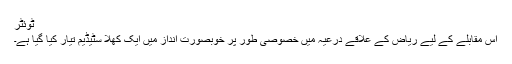
ٹوئٹر
اس مقابلے کے لیے ریاض کے علاقے درعیہ میں خصوصی طور پر خوبصورت انداز میں ایک کھلا سٹیڈیم تیار کیا گیا ہے۔